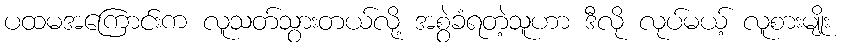
ပထမအကြောင်းက လူသတ်သွားတယ်လို့ အစွဲခံရတဲ့သူဟာ ဒီလို လုပ်မယ့် လူစားမျိုး